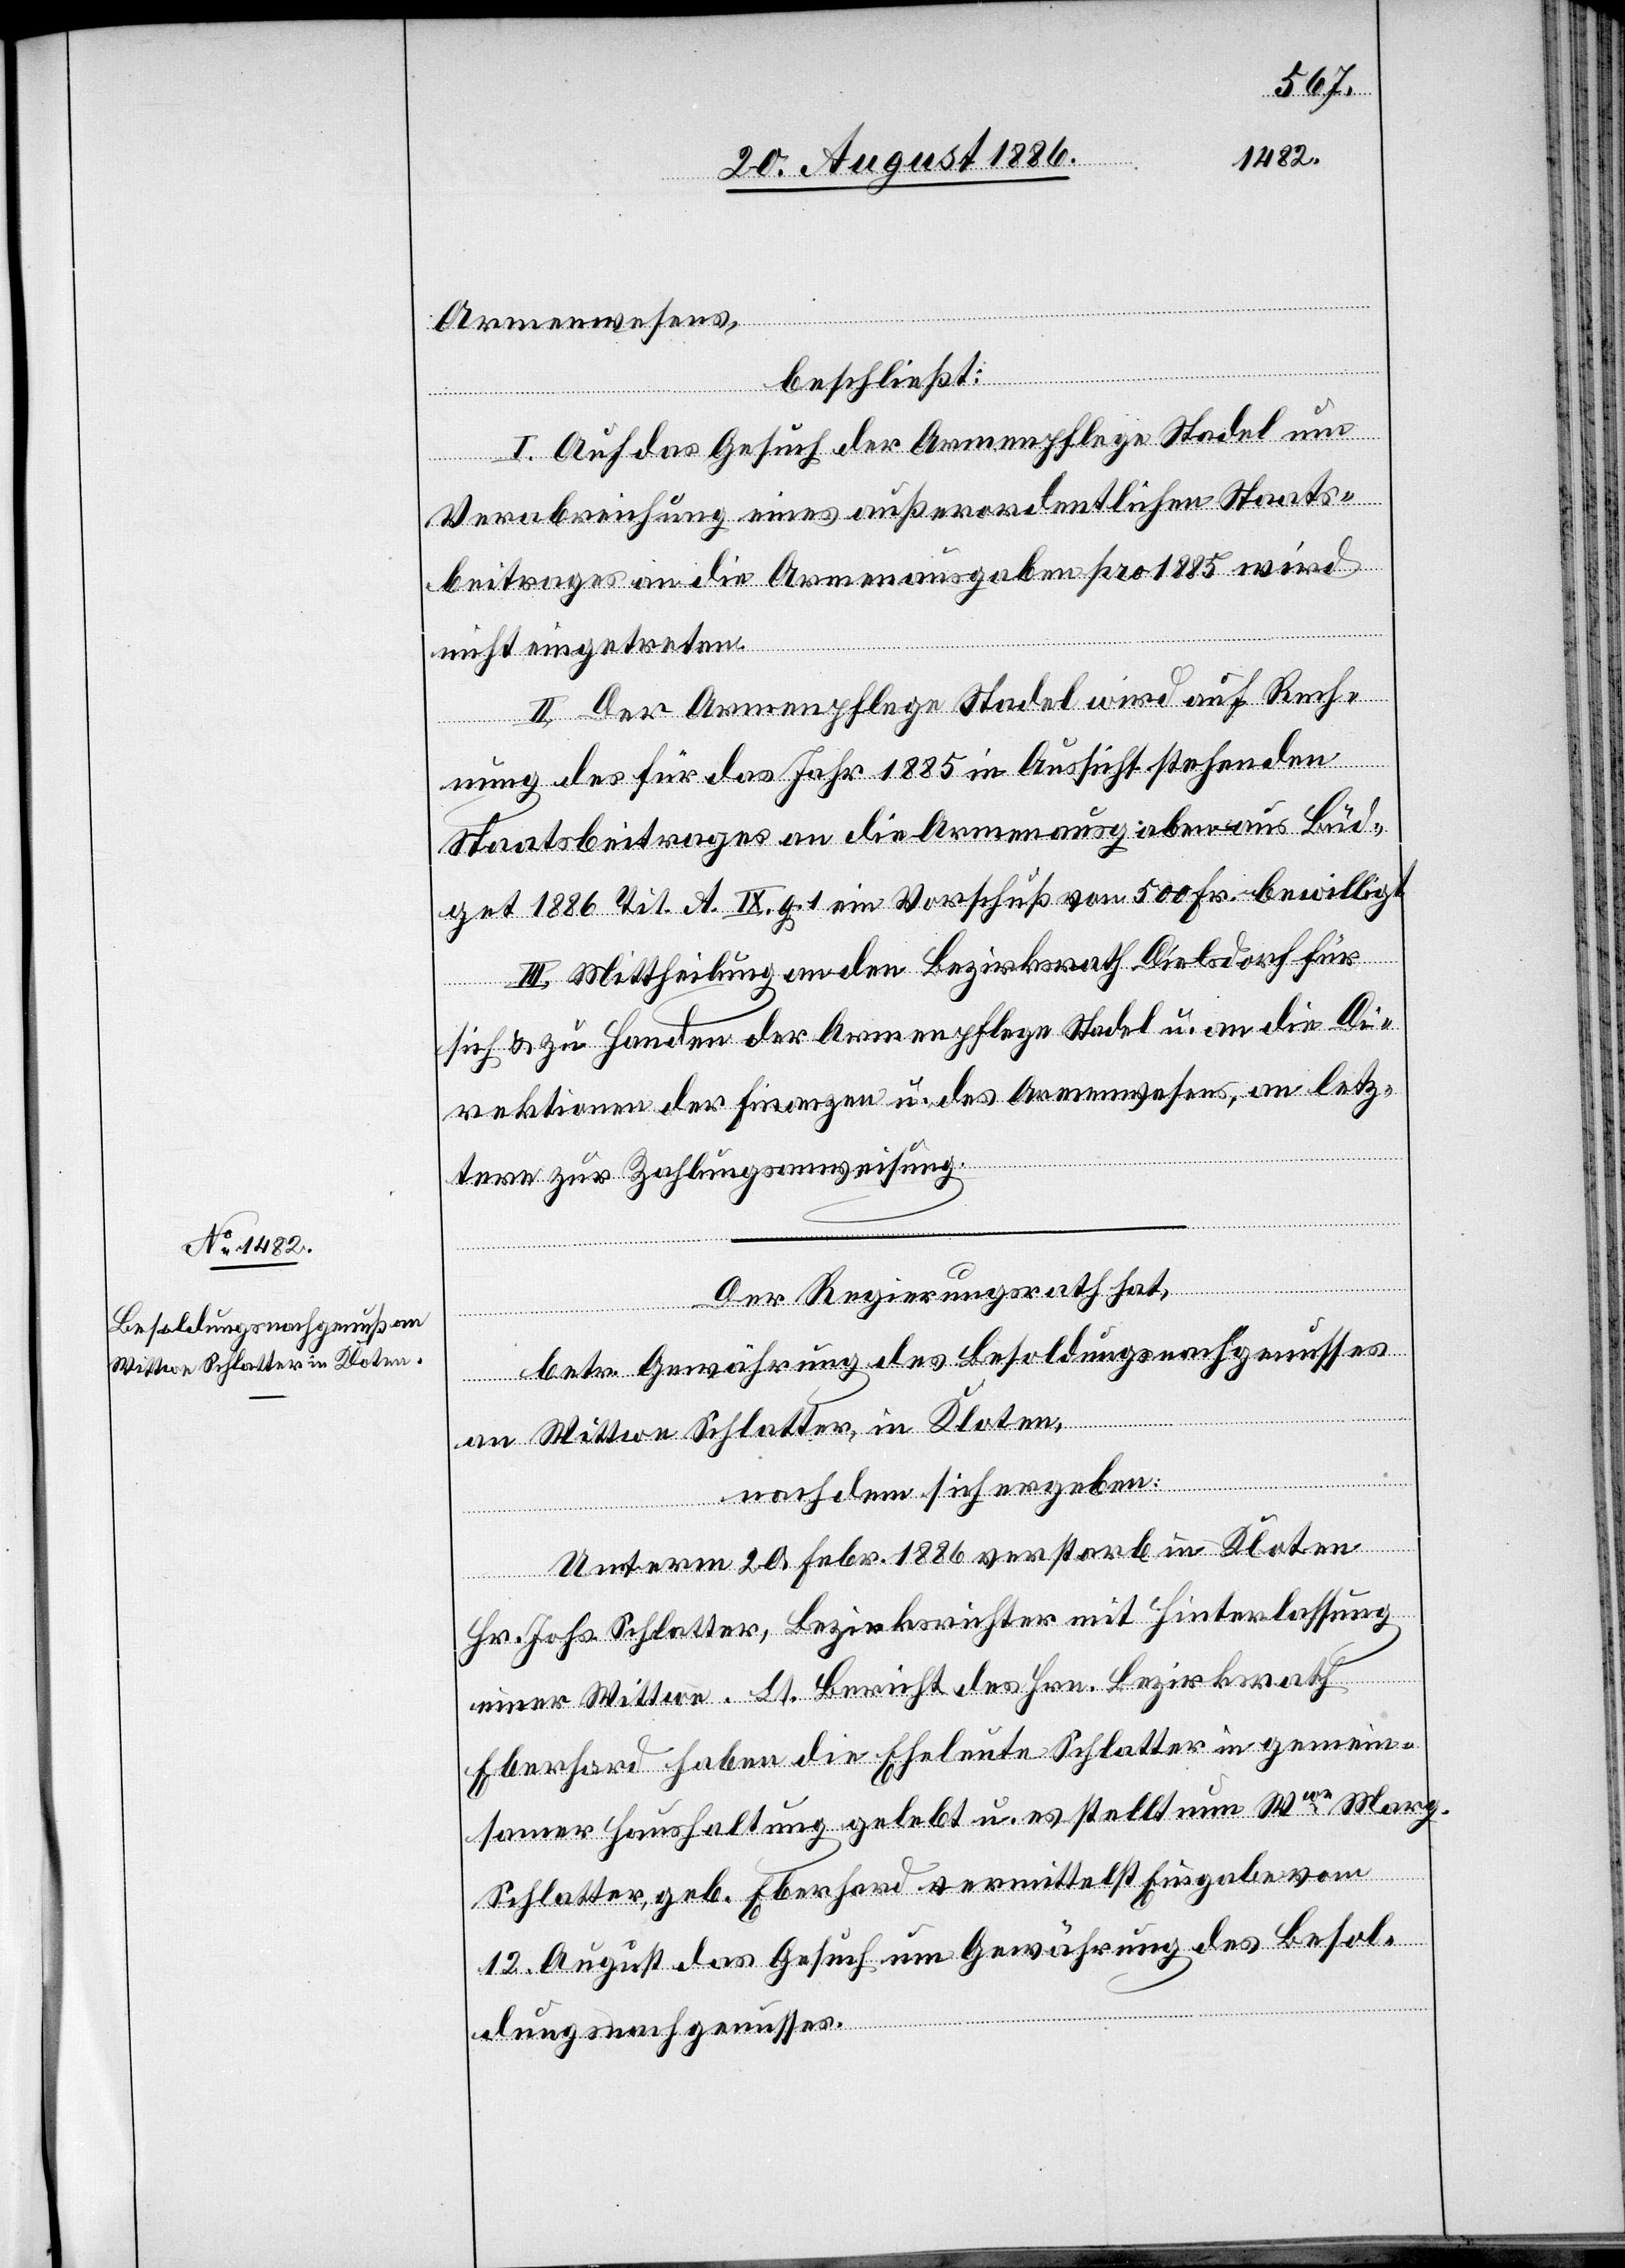
Armenwesens,
beschließt:
I. Auf das Gesuch der Armenpflege Stadel um
Verabreichung eines außerordentlichen Staats¬
beitrages an die Armenausgaben pro 1885 wird
nicht eingetreten.
II. Der Armenpflege Stadel wird auf Rech¬
nung des für das Jahr 1885 in Aussicht stehenden
Staatsbeitrages an die Armenausgaben aus Büd¬
get 1886 Tit. A. IX. 1 ein Vorschuß von 500 Fr. bewilligt.
III. Mittheilung an den Bezirksrath Dielsdorf für
sich & zu Handen der Armenpflege Stadel u. an die Di¬
rektionen der Finanzen u. des Armenwesens, an letz¬
tere zur Zahlungsanweisung.
Der Regierungsrath hat,
betr. Gewährung des Besoldungsnachgenusses
an Wittwe Schlatter, in Kloten,
nachdem sich ergeben:
Unterm 20. Febr. 1886 verstarb in Kloten
Hr. Johs. Schlatter, Bezirksrichter mit Hinterlassung
einer Wittwe. Lt. Bericht des Hrn. Bezirksrath
Eberhard haben die Eheleute Schlatter in gemein¬
samer Haushaltung gelebt u. es stellt nun Wwe Marg.
Schlatter, geb. Eberhard vermittelst Eingabe vom
12. August das Gesuch um Gewährung des Besol¬
dungsnachgenusses.